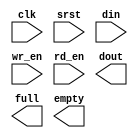
module fifo_32x512 (
  clk,
  srst,
  din,
  wr_en,
  rd_en,
  dout,
  full,
  empty
);

  input clk;
  input srst;
  input [31 : 0] din;
  input wr_en;
  input rd_en;
  output [31 : 0] dout;
  output full;
  output empty;
endmodule